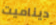
ديناميت